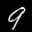
Label: 9